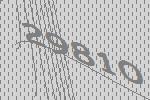
29810